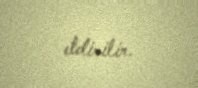
etdirilir.